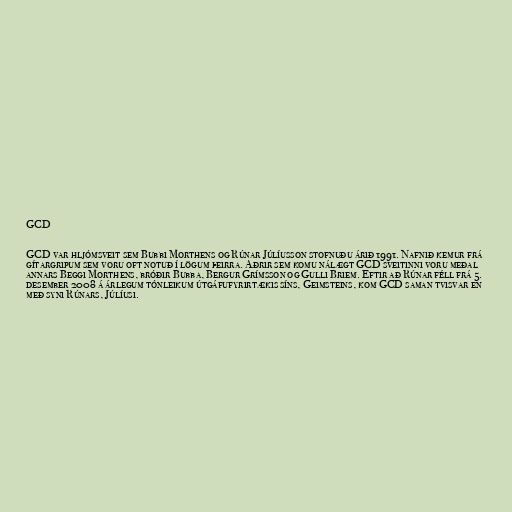
GCD

GCD var hljómsveit sem Bubbi Morthens og Rúnar Júlíusson stofnuðu árið 1991. Nafnið kemur frá
gítargripum sem voru oft notuð í lögum þeirra. Aðrir sem komu nálægt GCD sveitinni voru meðal
annars Beggi Morthens, bróðir Bubba, Bergur Grímsson og Gulli Briem. Eftir að Rúnar féll frá 5.
desember 2008 á árlegum tónleikum útgáfufyrirtækis síns, Geimsteins, kom GCD saman tvisvar en
með syni Rúnars, Júlíusi.